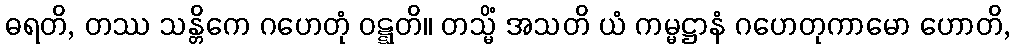
ဓရတိ, တဿ သန္တိကေ ဂဟေတုံ ဝဋ္ဋတိ။ တသ္မိံ အသတိ ယံ ကမ္မဋ္ဌာနံ ဂဟေတုကာမော ဟောတိ,